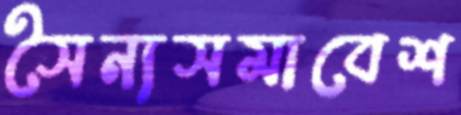
সৈন্যসমাবেশ